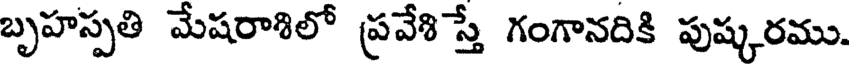
బృహస్పతి మేషరాశిలో ప్రవేశిస్తే గంగానదికి పుష్కరము.